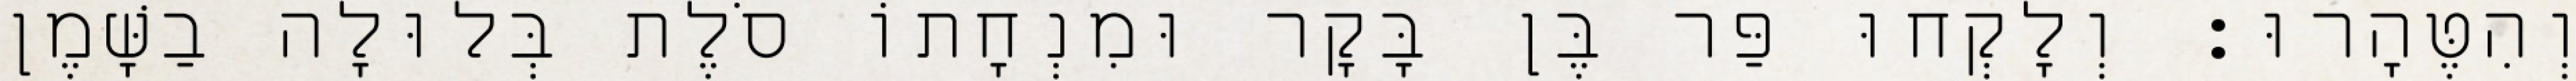
וְהִטֶּהָרוּ׃ וְלָקְחוּ פַּר בֶּן בָּקָר וּמִנְחָתוֹ סֹלֶת בְּלוּלָה בַשָּׁמֶן